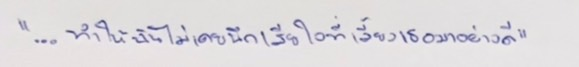
"...ทำให้ฉันไม่เคยนึกเสียใจที่เลี้ยงเธอมาอย่างดี"